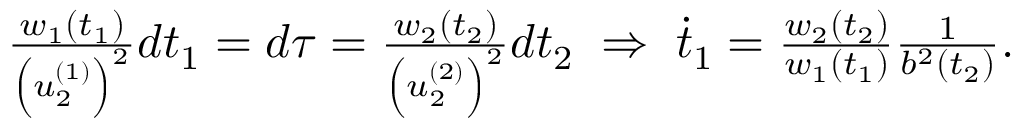
\begin{array} { r } { \frac { w _ { 1 } ( t _ { 1 } ) } { \left( u _ { 2 } ^ { ( 1 ) } \right) ^ { 2 } } d t _ { 1 } = d \tau = \frac { w _ { 2 } ( t _ { 2 } ) } { \left( u _ { 2 } ^ { ( 2 ) } \right) ^ { 2 } } d t _ { 2 } \; \Rightarrow \; \dot { t } _ { 1 } = \frac { w _ { 2 } ( t _ { 2 } ) } { w _ { 1 } ( t _ { 1 } ) } \frac { 1 } { b ^ { 2 } ( t _ { 2 } ) } . } \end{array}